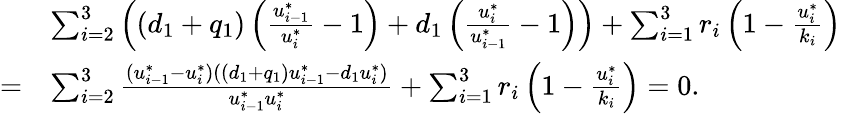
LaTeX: \begin{array}{rl}&{\sum_{i=2}^{3}\left((d_{1}+q_{1})\left(\frac{u_{i-1}^{*}}{u_{i}^{*}}-1\right)+d_{1}\left(\frac{u_{i}^{*}}{u_{i-1}^{*}}-1\right)\right)+\sum_{i=1}^{3}r_{i}\left(1-\frac{u_{i}^{*}}{k_{i}}\right)}\\ {=}&{\sum_{i=2}^{3}\frac{(u_{i-1}^{*}-u_{i}^{*})((d_{1}+q_{1})u_{i-1}^{*}-d_{1}u_{i}^{*})}{u_{i-1}^{*}u_{i}^{*}}+\sum_{i=1}^{3}r_{i}\left(1-\frac{u_{i}^{*}}{k_{i}}\right)=0.}\end{array}